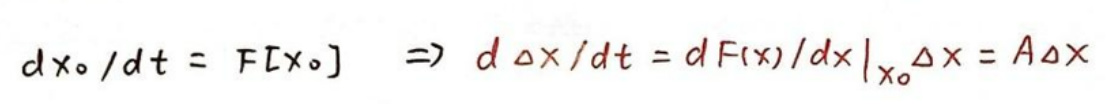
\[
d x_0 / d t = F[x_0] \quad \Rightarrow \quad d \Delta x / d t = \left. d F(x) / d x \right|_{x_0} \Delta x = A \Delta x
\]